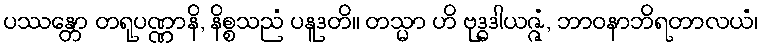
ပဿန္တော တရုပဏ္ဏာနိ, နိစ္စသညံ ပနူဒတိ။ တသ္မာ ဟိ ဗုဒ္ဓဒါယဇ္ဇံ, ဘာဝနာဘိရတာလယံ၊